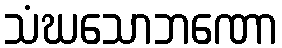
သံဃသောဘဏော